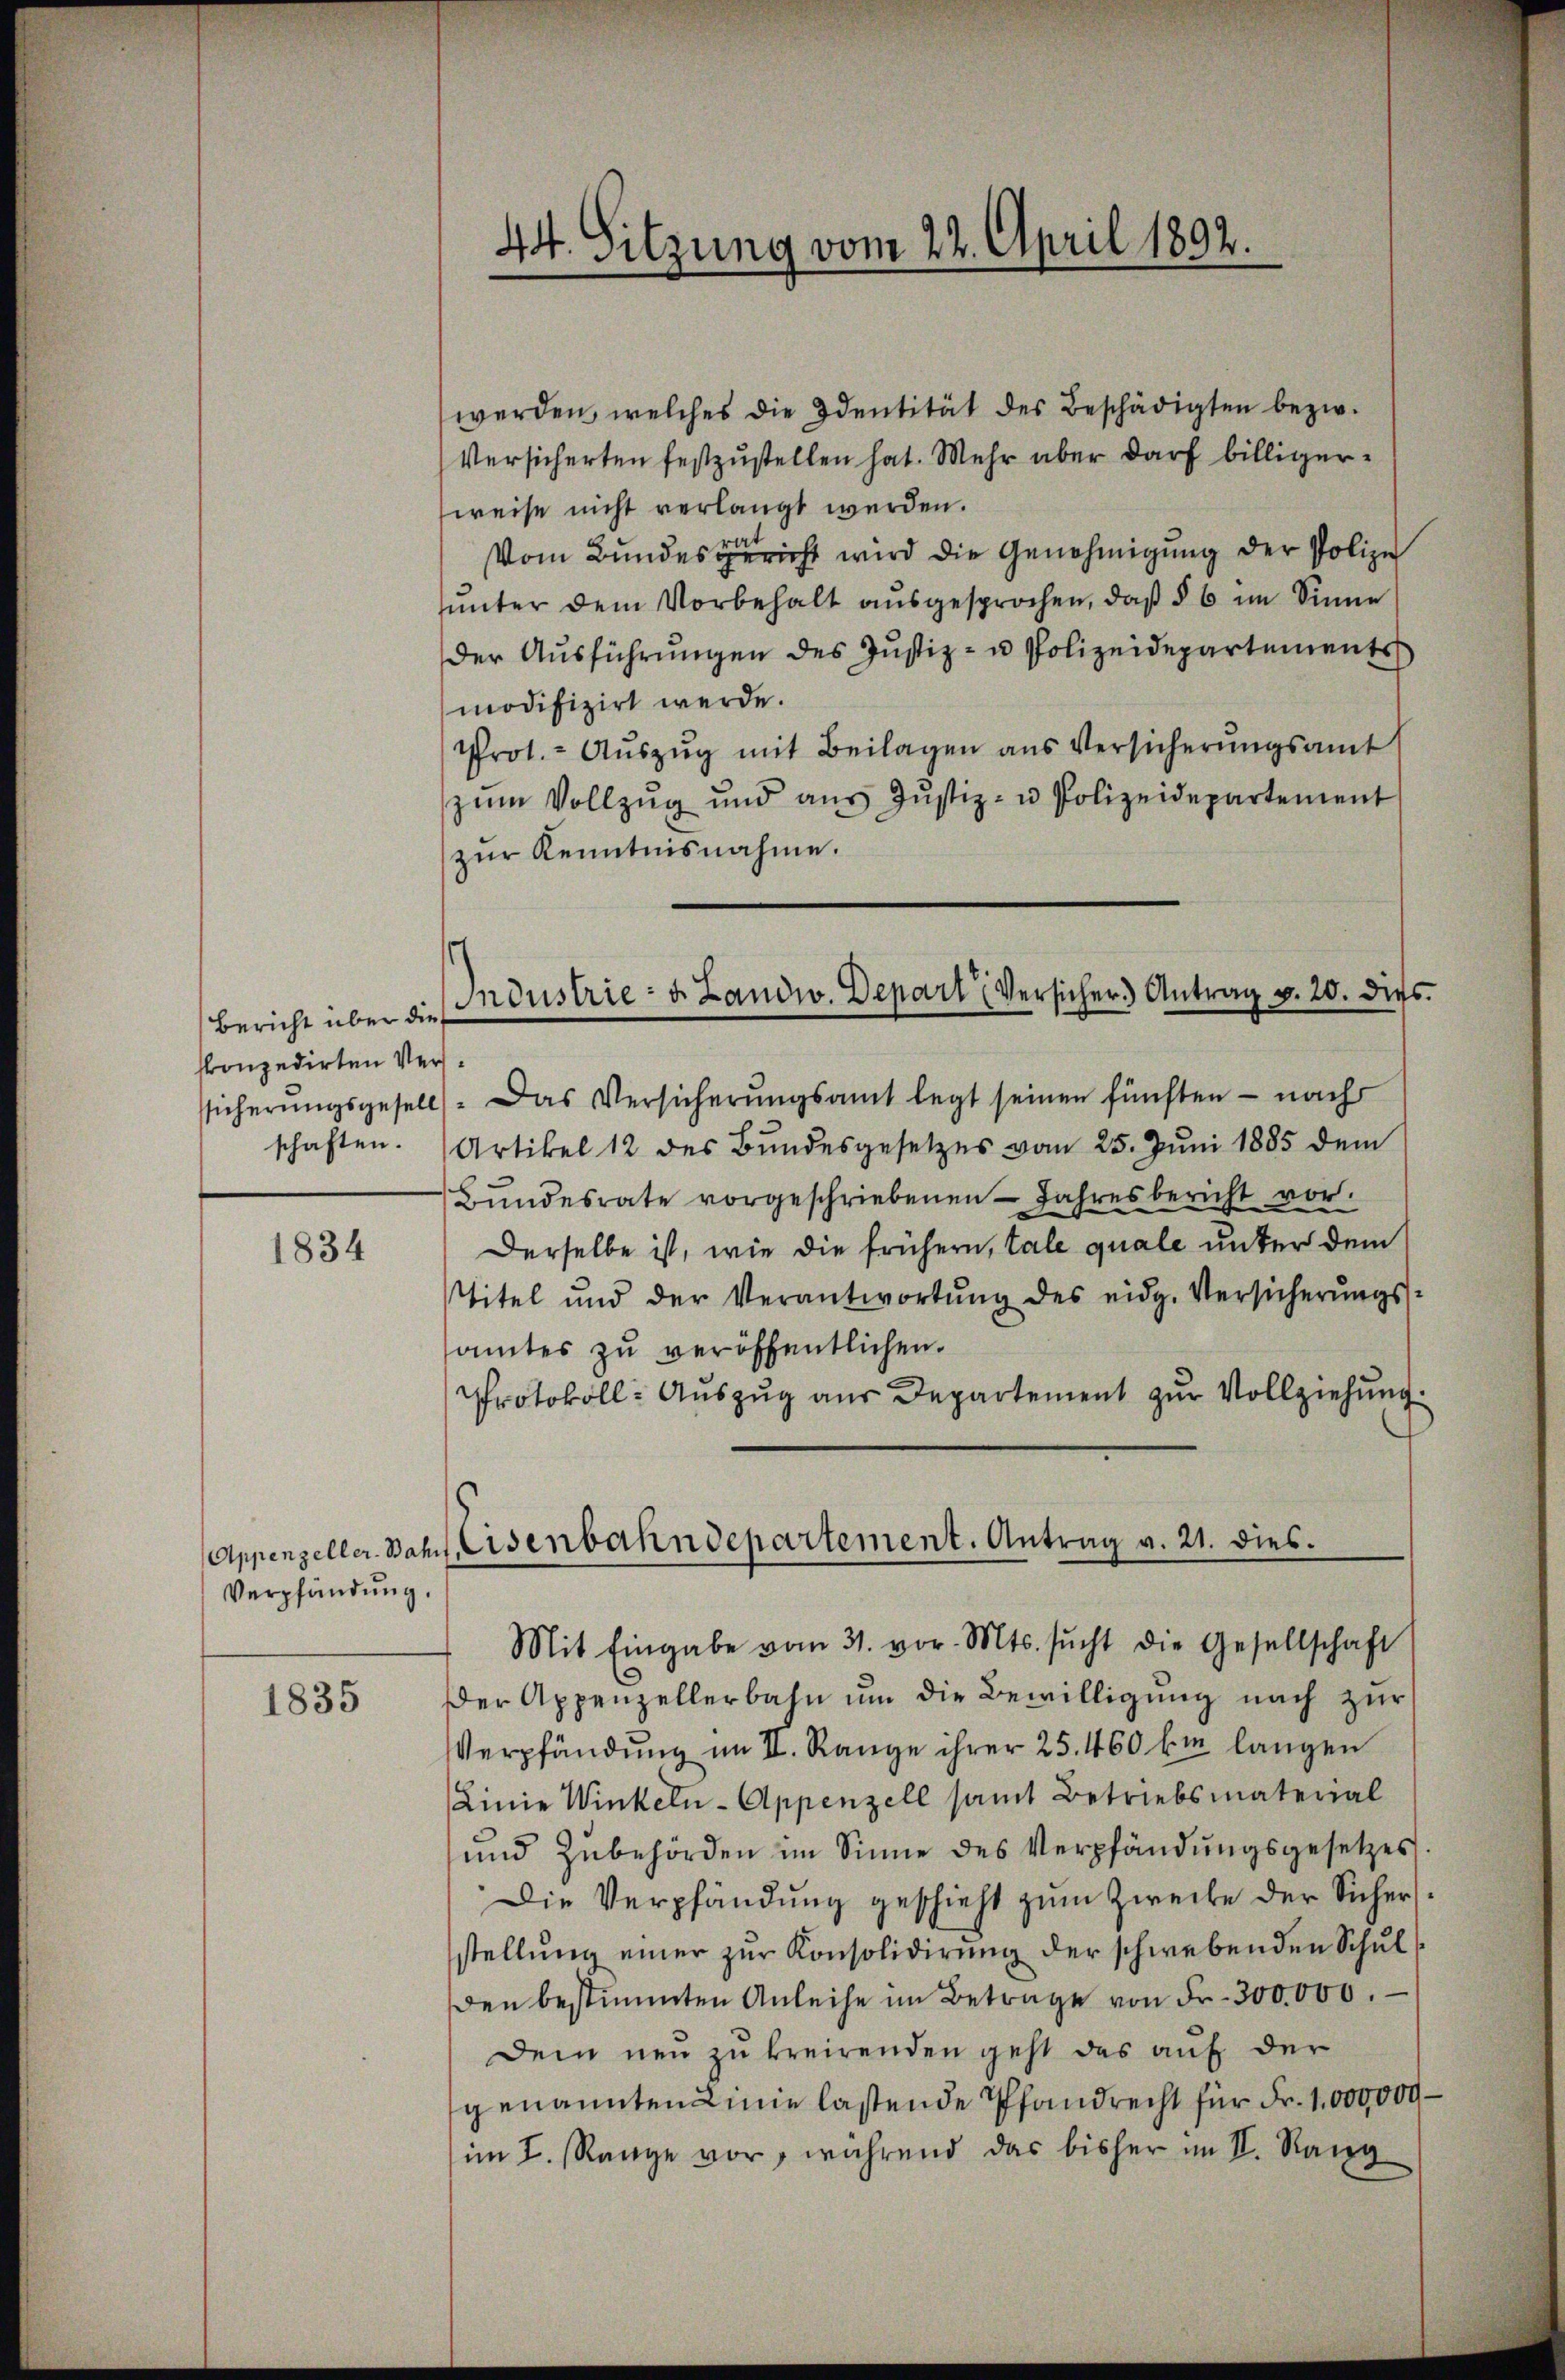
Bericht über die
skonzedirten Verschaften.

1834

Verpfändung.

1835

werden, welches die Identität des Beschädigten bezw.
Versicherten festzustellen hat. Mehr aber darf billigerweise nicht verlangt werden.
Vom Bundesgericht wird die Genehmigung der Polize
unter dem Vorbehalt ausgesprochen, daß § 6 im Sinne
der Aŭsführŭngen des Justiz- u Polizeidepartements
modifizirt werde.
Prot. - Aŭszŭg mit Beilagen aus Versicherŭngsamt
zŭm Vollzŭg und aŭs Jŭstiz- u Polizeidepartement
zŭr Kenntnisnahme.
e
sicherŭngsgesell. Das Versicherŭngsamt legt seinen fünften - nach
Artikel 12 des Bŭndesgesetzes vom 25. Jŭni 1885 dem
Bŭndesrate vorgeschriebenen Jahresbericht vor.
Derselbe ist, wie die frühern, tale quale unter dem
titel und der Verantwortŭng des eidg. Versicherŭngs-
amtes zŭ veröffentlichen.
Protokoll- Auszug aus Departement zur Vollziehung.
Mit Eingabe vom 31. vor. Mts. sŭcht die Gesellschaft
der Appenzellerbahn um die Bewilligung nach zur
Verpfändung im II. Range ihrer 25. 460 km langen
Linie Winkeln- Appenzell samt Betriebsmaterial
und Zubehörden im Sinne des Verpfändungsgesetzes.
Die Verpfändung geschieht zum Zweife der Sicherstellung einer zur Konsolidirung der schwebenden Schul
den bestimmten Anleihe im Betrage von Fr. 300.000.
Dem neu zu breirenden geht das auf der
genannten Linie lastende Pfandrecht für Fr. 1,000,000 –
im I. Range vor, während das bisher im II. Rang

44. Sitzung vom 22. April 1892.

Industrie - u. Landw. Depart Versicher Antrag v. 20. dies

Appenzeller-Bahn Eisenbahndepartement. Antrag v. 21. dies.